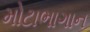
મોટાભાગાન